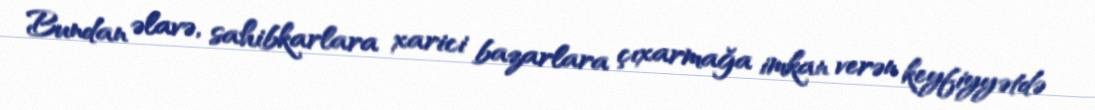
Bundan əlavə, sahibkarlara xarici bazarlara çıxarmağa imkan verən keyfiyyətdə